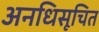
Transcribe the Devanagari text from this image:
अनधिसूचित